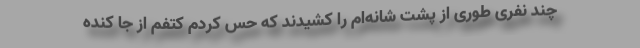
چند نفری طوری از پشت شانه‌ام را کشیدند که حس کردم کتفم از جا کنده